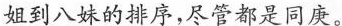
姐到八妹的序，尽管都是同庚。